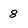
Character: 8